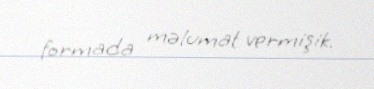
formada məlumat vermişik.